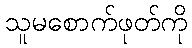
သူမစောက်ဖုတ်ကို